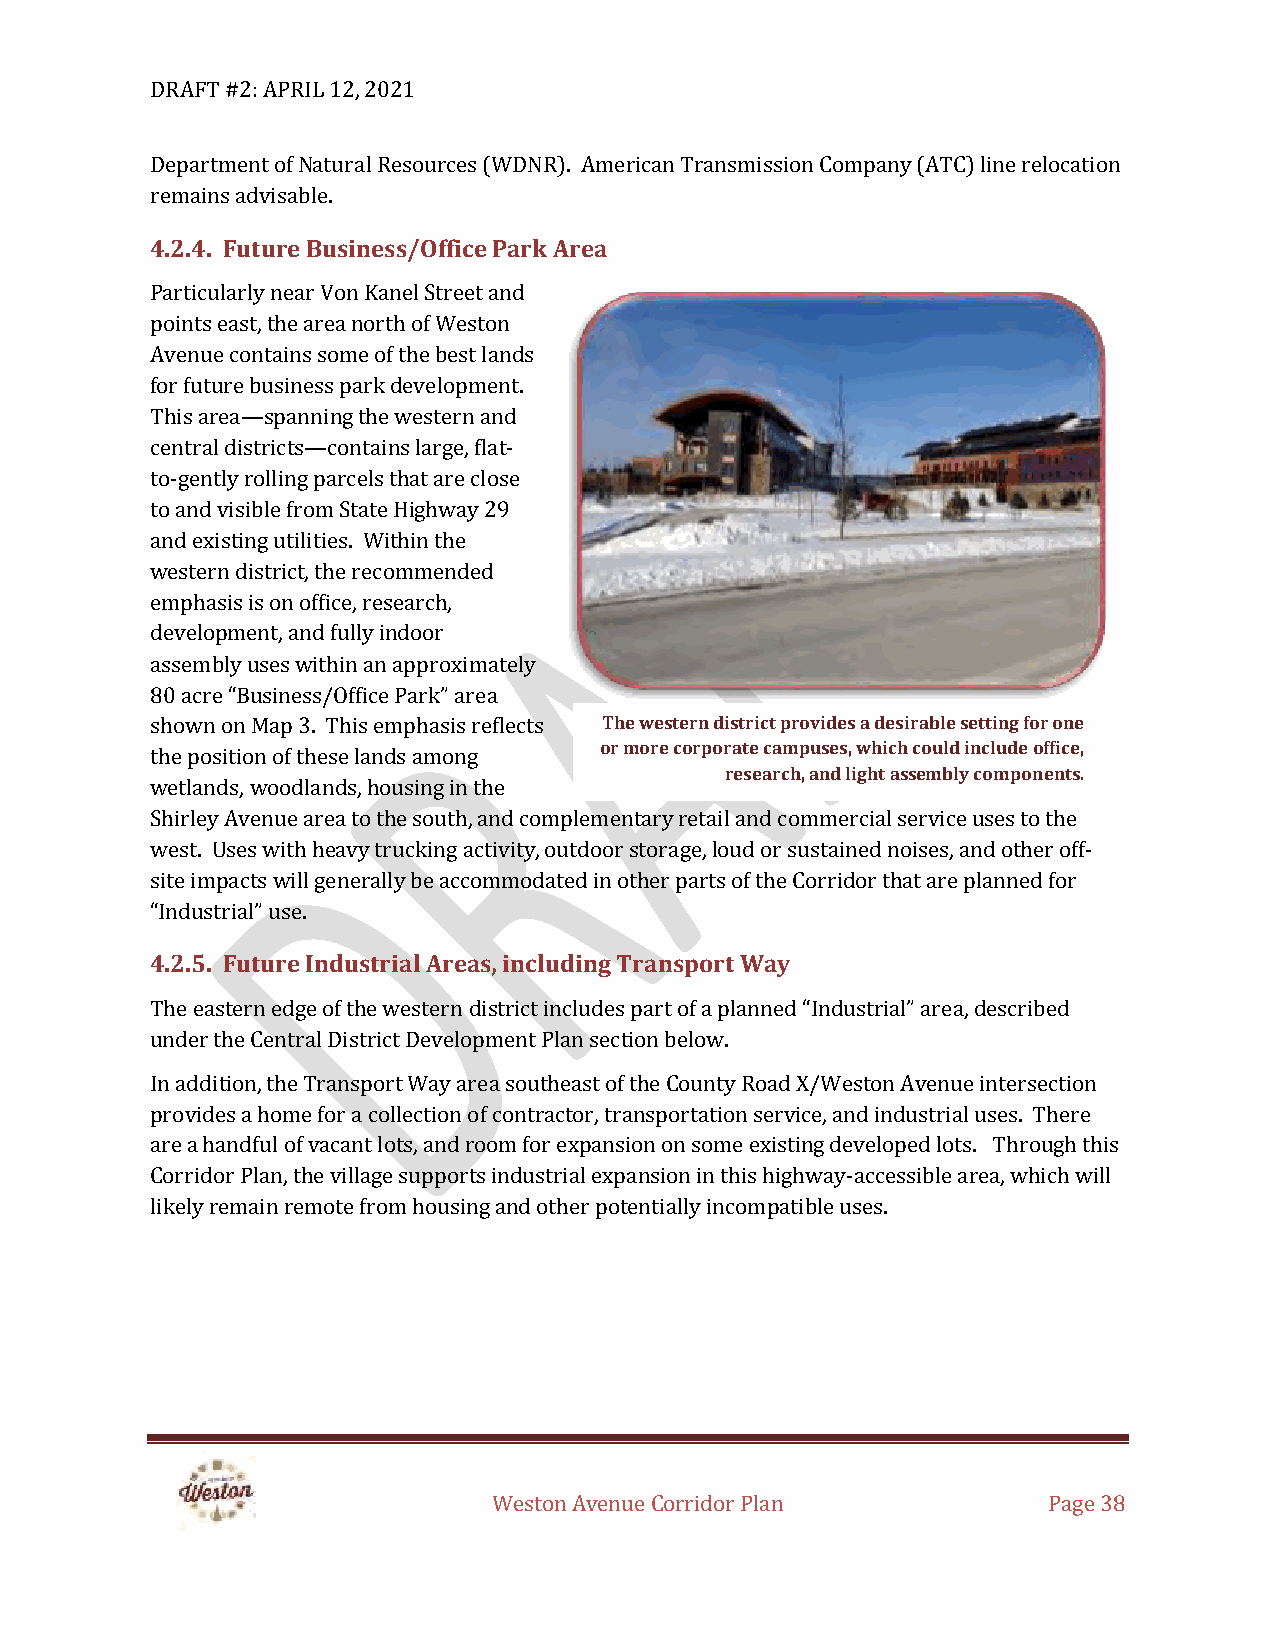
DRAFT #2: APRIL 12, 2021
 Department of Natural Resources (WDNR). American Transmission Company (ATC) line relocation
 remains advisable.
 4.2.4. Future Business/Office Park Area
 Particularly near Von Kanel Street and
 points east, the area north of Weston
 Avenue contains some of the best lands
 for future business park development.
 This area—spanning the western and
 central districts—contains large, flat-
 to-gently rolling parcels that are close
 to and visible from State Highway 29
 and existing utilities. Within the
 western district, the recommended
 emphasis is on office, research,
 development, and fully indoor
 assembly uses within an approximately
 80 acre “Business/Office Park” area
 shown on Map 3. This emphasis reflects The western district provides a desirable setting for one
 or more corporate campuses, which could include office,
 the position of these lands among
 research, and light assembly components.
 wetlands, woodlands, housing in the
 Shirley Avenue area to the south, and complementary retail and commercial service uses to the
 west. Uses with heavy trucking activity, outdoor storage, loud or sustained noises, and other off-
 site impacts will generally be accommodated in other parts of the Corridor that are planned for
 “Industrial” use.
 4.2.5. Future Industrial Areas, including Transport Way
 The eastern edge of the western district includes part of a planned “Industrial” area, described
 under the Central District Development Plan section below.
 In addition, the Transport Way area southeast of the County Road X/Weston Avenue intersection
 provides a home for a collection of contractor, transportation service, and industrial uses. There
 are a handful of vacant lots, and room for expansion on some existing developed lots. Through this
 Corridor Plan, the village supports industrial expansion in this highway-accessible area, which will
 likely remain remote from housing and other potentially incompatible uses.
 Weston Avenue Corridor Plan         Page 38